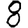
Digit: 8